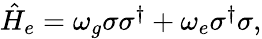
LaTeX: \begin{array}{r}{\hat{H}_{e}=\omega_{g}\sigma\sigma^{\dagger}+\omega_{e}\sigma^{\dagger}\sigma,}\end{array}